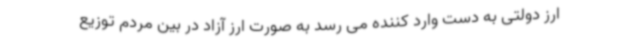
ارز دولتی به دست وارد کننده می رسد به صورت ارز آزاد در بین مردم توزیع